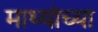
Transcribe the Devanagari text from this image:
माथ्यांच्या